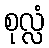
စုလ္လံ